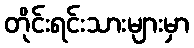
တိုင်းရင်းသားများမှာ